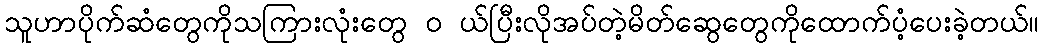
သူဟာပိုက်ဆံတွေကိုသကြားလုံးတွေ ၀ ယ်ပြီးလိုအပ်တဲ့မိတ်ဆွေတွေကိုထောက်ပံ့ပေးခဲ့တယ်။